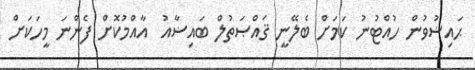
ޙައިޟުވުން ހުއްޓުނު ކަމަށް ބެލޭނީ ޤައްޞަތުލް ބައިޟާއު  އާއްމުކޮށް ފެންނަ މީހަކަށް